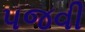
પજવી